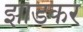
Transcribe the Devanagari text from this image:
झाडकर